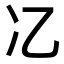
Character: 𫤾